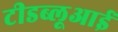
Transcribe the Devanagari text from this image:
टीडब्लूआई